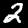
Label: 2